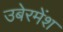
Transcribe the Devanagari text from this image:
उबेरमेंश